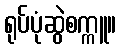
ရုပ်ပုံဆွဲစက္ကူ။